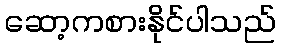
ဆော့ကစားနိုင်ပါသည်